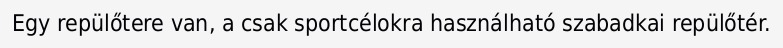
Egy repülőtere van, a csak sportcélokra használható szabadkai repülőtér.